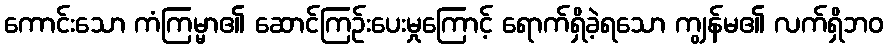
ကောင်းသော ကံကြမ္မာ၏ ဆောင်ကြဉ်းပေးမှုကြောင့် ရောက်ရှိခဲ့ရသော ကျွန်မ၏ လက်ရှိဘဝ